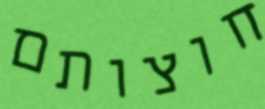
חוצותם